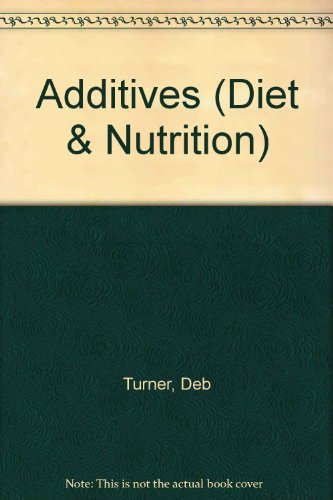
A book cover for Additives (Diet & Nutrition); Deb Turner; Health, Fitness & Dieting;